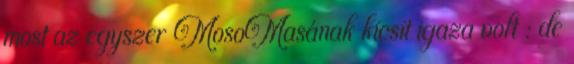
most az egyszer MosoMasának kicsit igaza volt : de